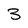
Character: 3